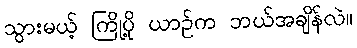
သွားမယ့် ကြိုပို့ ယာဉ်က ဘယ်အချိန်လဲ။